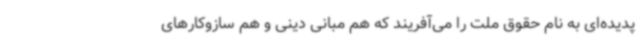
پدیده‌ای به نام حقوق ملت را می‌آفریند که هم مبانی دینی و هم سازوکارهای